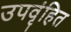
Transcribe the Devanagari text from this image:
उपवृंहित